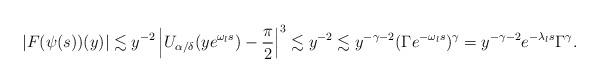
LaTeX: \begin{align*} |F(\psi(s))(y)|\lesssim y^{-2} \left|U_{\alpha/\delta}(ye^{\omega_l s})-\frac{\pi}{2}\right|^3\lesssim y^{-2}\lesssim y^{-\gamma-2}(\Gamma e^{-\omega_{l}s})^{\gamma}=y^{-\gamma-2}e^{-\lambda_{l}s}\Gamma^{\gamma}. \end{align*}